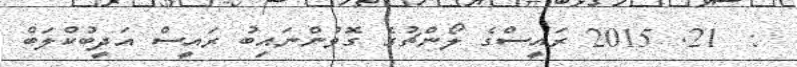
:  21